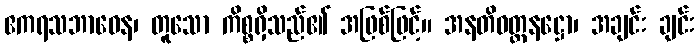
ဧကရသဘာဝေန၊ တူသော ကိစ္စရှိသည်၏ အဖြစ်ဖြင့်။ အနတိဝတ္တနဋ္ဌော၊ အချင်း ချင်း